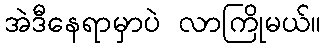
အဲဒီနေရာမှာပဲ လာကြိုမယ်။